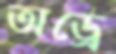
অড্রে